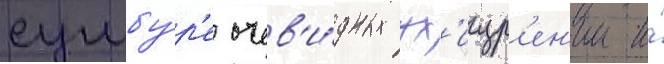
сумбу́р'е очев'и́дных ух'ищр'ен'ии и́